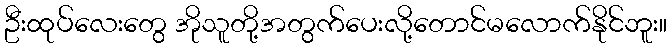
ဦးထုပ်လေးတွေ အိုသူတို့အတွက်ပေးလို့တောင်မလောက်နိုင်ဘူး။